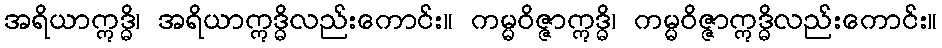
အရိယာဣဒ္ဓိ၊ အရိယာဣဒ္ဓိလည်းကောင်း။ ကမ္မဝိဇ္ဇာဣဒ္ဓိ၊ ကမ္မဝိဇ္ဇာဣဒ္ဓိလည်းကောင်း။